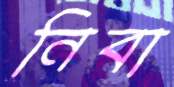
নিবা